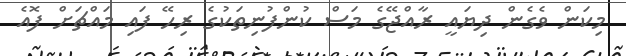
މިކަން ވެގެން ދިޔައީ ރާއްޖޭގެ މަސް ކުންފުނިތަކުގެ ރިހޭ ފައި މައްޗަށް ފޮއެ